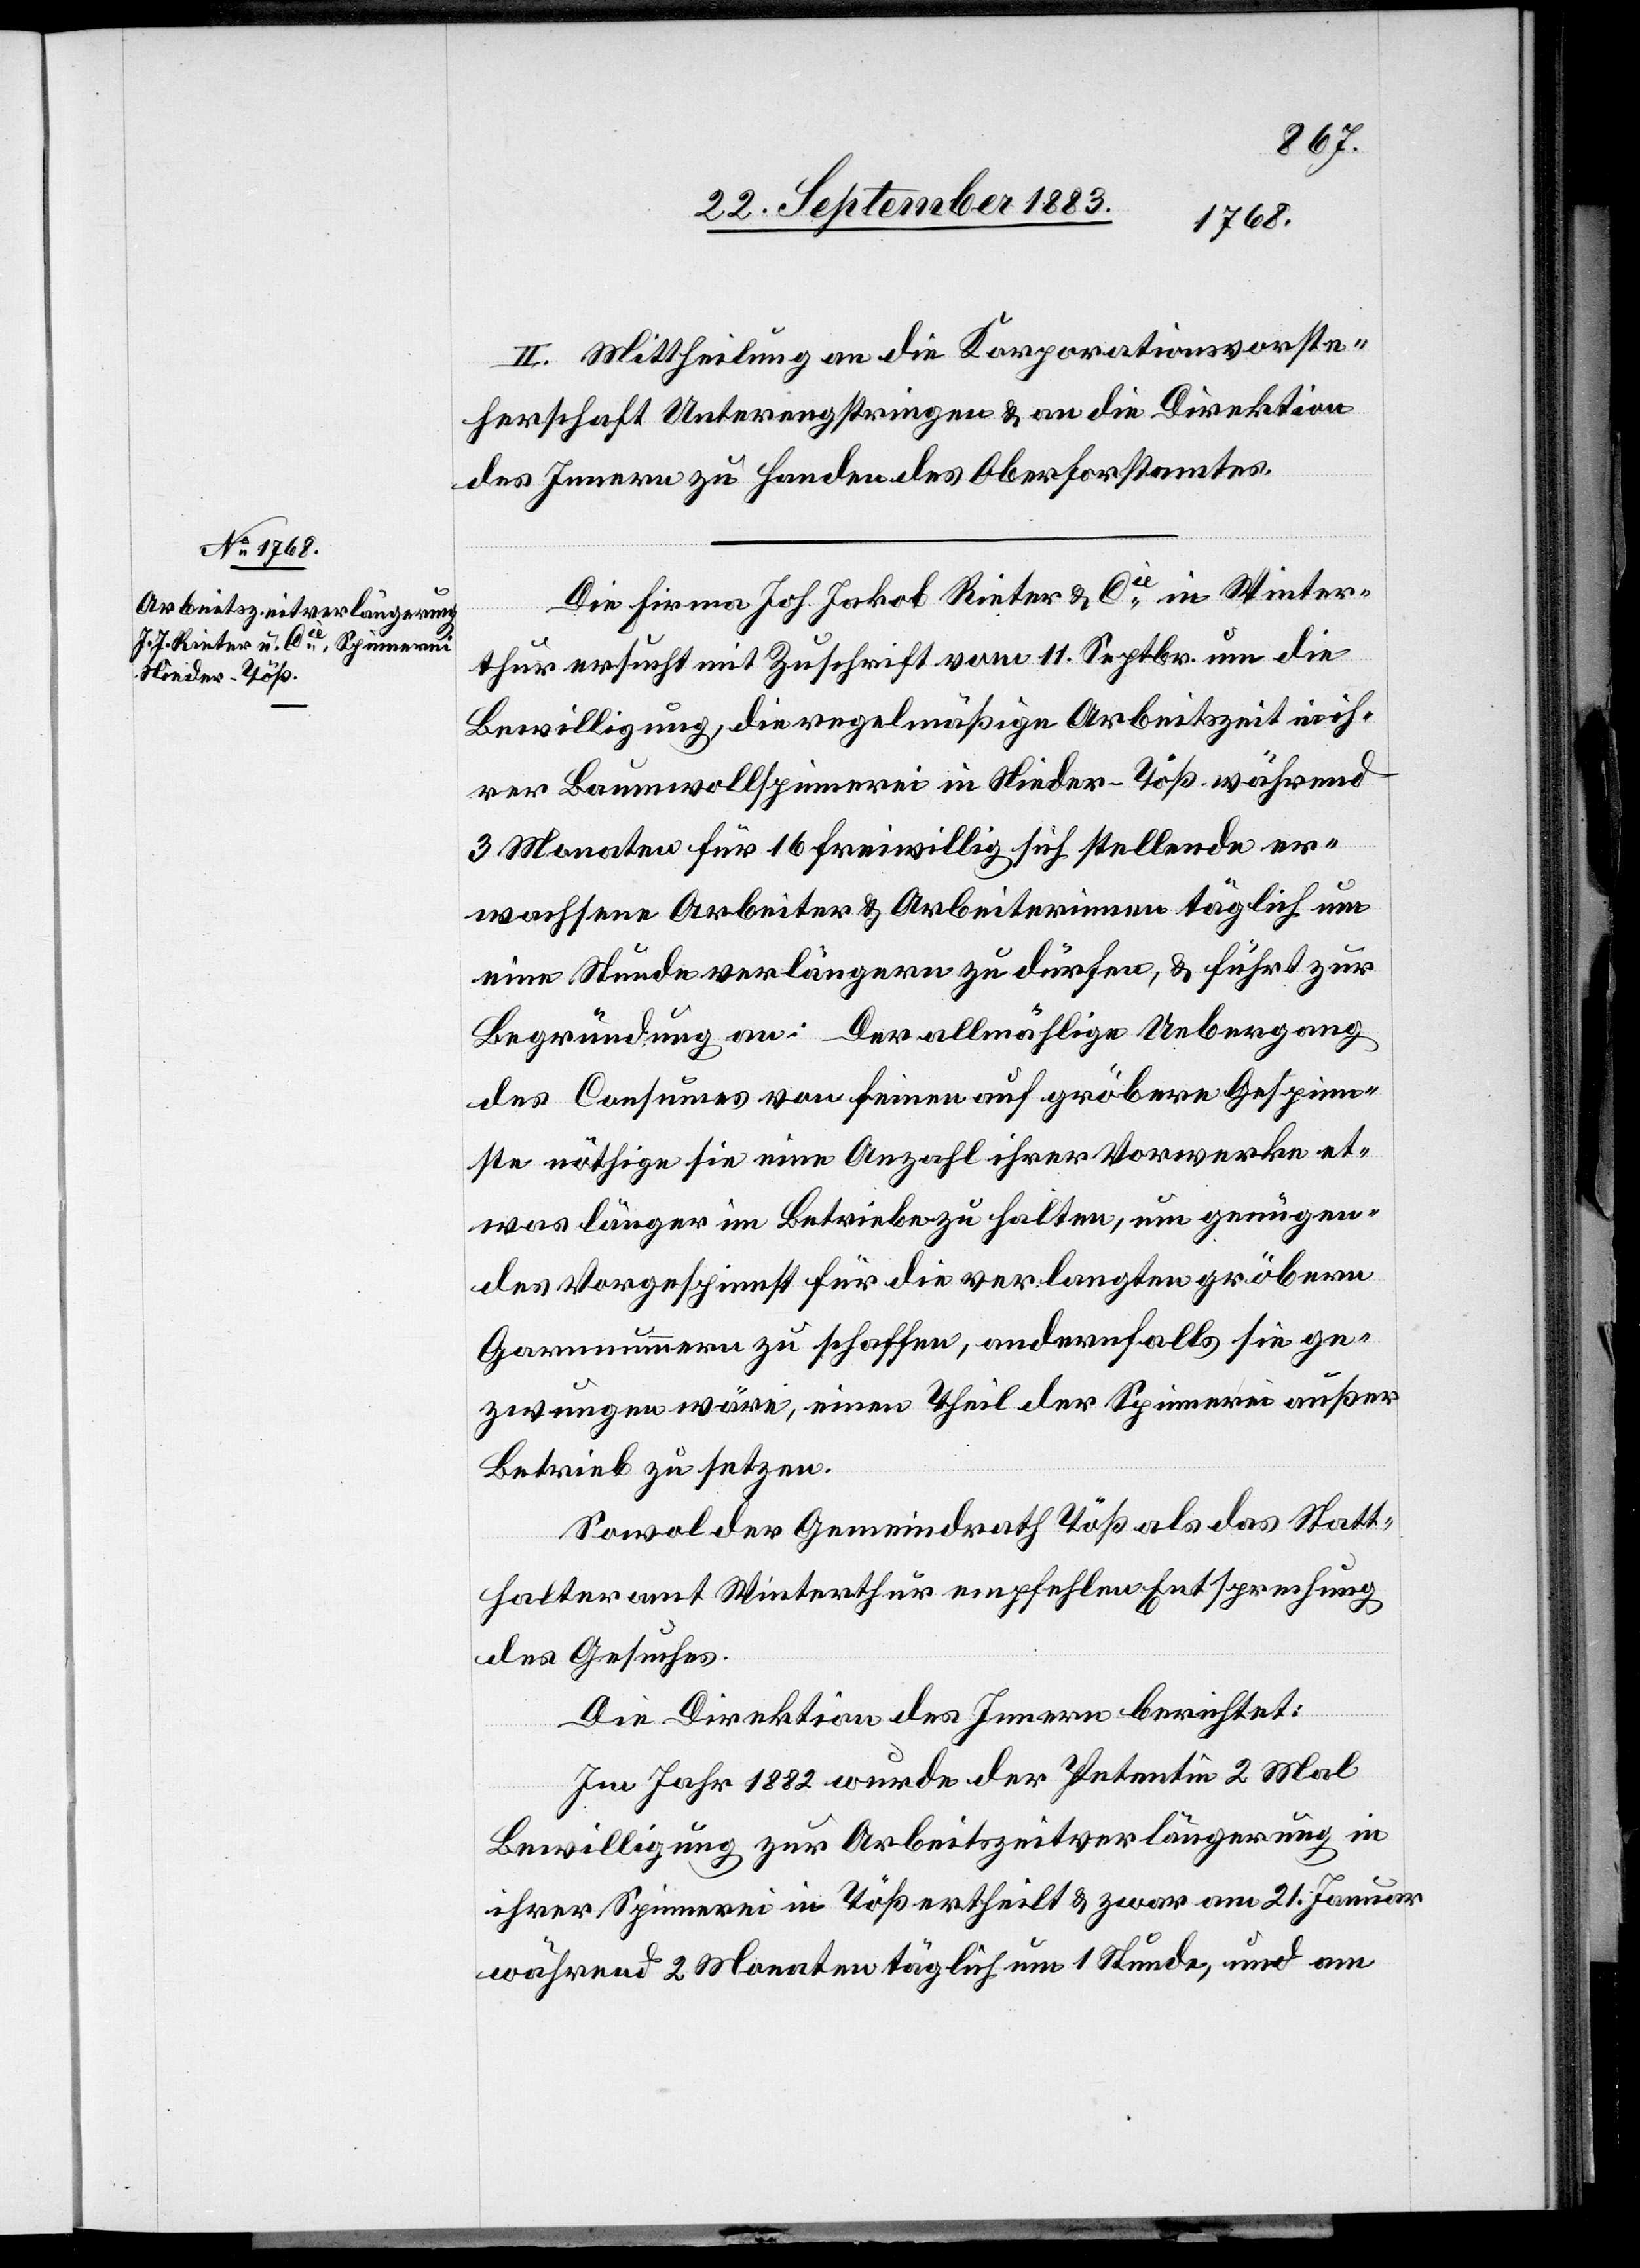
II. Mittheilung an die Korporationsvorste¬
herschaft Unterengstringen & an die Direktion
des Innern zu Handen des Oberforstamtes.
Die Firma Joh. Jakob Rieter & Cie in Winter¬
thur ersucht mit Zuschrift vom 11. Septbr. um die
Bewilligung, die regelmäßige Arbeitszeit in ih¬
rer Baumwollspinnerei in Nieder-Töß während
3 Monaten für 16 freiwillig sich stellende er¬
wachsene Arbeiter & Arbeiterinnen täglich um
eine Stunde verlängern zu dürfen, & führt zur
Begründung an: Der allmählige Uebergang
des Consumes von feinen auf gröbere Gespinn¬
ste nöthige sie eine Anzahl ihrer Vorwerke et¬
was länger im Betriebe zu halten, um genügen¬
des Vorgespinnst für die verlangten gröbern
Garnnummern zu schaffen, andernfalls sie ge¬
zwungen wäre, einen Theil der Spinnerei außer
Betrieb zu setzen.
Sowol der Gemeindrath Töß als das Statt¬
halteramt Winterthur empfehlen Entsprechung
des Gesuches.
Die Direktion des Innern berichtet:
Im Jahr 1882 wurde der Petentin 2 Mal
Bewilligung zu Arbeitszeitverlängerung in
ihrer Spinnerei in Töß ertheilt & zwar am 21. Januar
während 2 Monaten täglich um 1 Stunde, und am